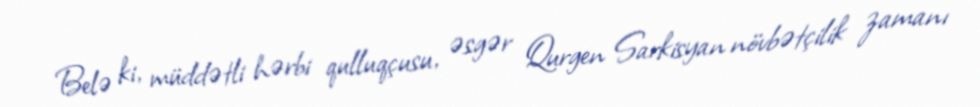
Belə ki, müddətli hərbi qulluqçusu, əsgər Qurgen Sarkisyan növbətçilik zamanı